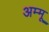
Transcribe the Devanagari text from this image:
अम्मू